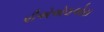
પીએએલએસ